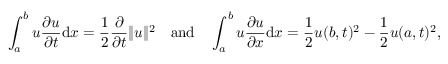
\int _ { a } ^ { b } u { \frac { \partial u } { \partial t } } \mathrm { d } x = { \frac { 1 } { 2 } } { \frac { \partial } { \partial t } } \| u \| ^ { 2 } \quad { \mathrm { a n d } } \quad \int _ { a } ^ { b } u { \frac { \partial u } { \partial x } } \mathrm { d } x = { \frac { 1 } { 2 } } u ( b , t ) ^ { 2 } - { \frac { 1 } { 2 } } u ( a , t ) ^ { 2 } ,